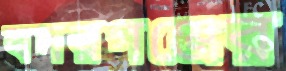
বদরগঞ্জের